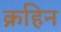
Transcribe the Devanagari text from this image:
क्रहिन